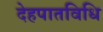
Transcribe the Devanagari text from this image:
देहपातविधि